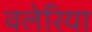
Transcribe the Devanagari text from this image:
वलेरिया